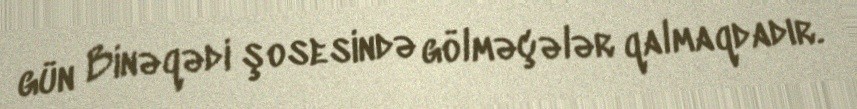
gün Binəqədi şosesində gölməçələr qalmaqdadır.